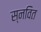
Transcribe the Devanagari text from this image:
स्नवित